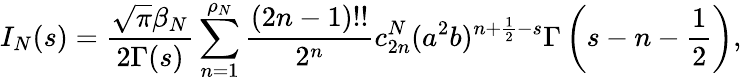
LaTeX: I_{N}(s)={\frac{\sqrt\pi\beta_{N}}{2\Gamma(s)}}\sum_{n=1}^{\rho_{N}}{\frac{(2n-1)!!}{2^{n}}}c_{2n}^{N}(a^{2}b)^{n+\frac 12-s}\Gamma\left(s-n-\frac 12\right),